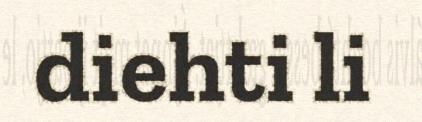
diehti li